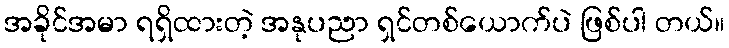
အခိုင်အမာ ရရှိထားတဲ့ အနုပညာ ရှင်တစ်ယောက်ပဲ ဖြစ်ပါ တယ်။